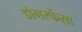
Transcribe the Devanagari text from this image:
डोंगरफेंसा